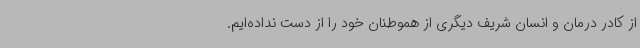
از کادر درمان و انسان شریف دیگری از هموطنان خود را از دست نداده‌ایم.